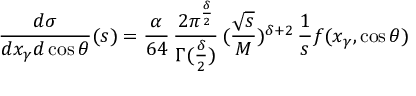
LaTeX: { \frac { d \sigma } { d x _ { \gamma } d \cos \theta } } ( s ) = { \frac { \alpha } { 6 4 } } \, { \frac { 2 \pi ^ { \frac { \delta } { 2 } } } { \Gamma ( { \frac { \delta } { 2 } } ) } } \, ( { \frac { \sqrt s } { M } } ) ^ { \delta + 2 } \, { \frac { 1 } { s } } f ( x _ { \gamma } , \cos \theta )